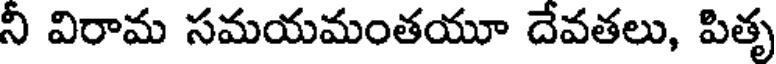
ని విరామ సమయమంతయూ దేవతలు, పితృ